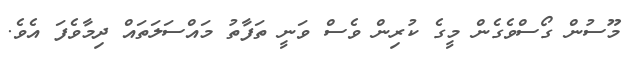
މޫސުން ގޯސްވެގެން މީގެ ކުރިން ވެސް ވަނީ ތަފާތު މައްސަަލަތައް ދިމާވެފަ އެެވެ.